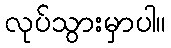
လုပ်သွားမှာပါ။